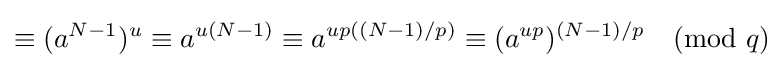
\equiv (a^{N-1})^{u}\equiv a^{u(N-1)}\equiv a^{up((N-1)/p)}\equiv (a^{up})^{(N-1)/p}{\pmod {q}}